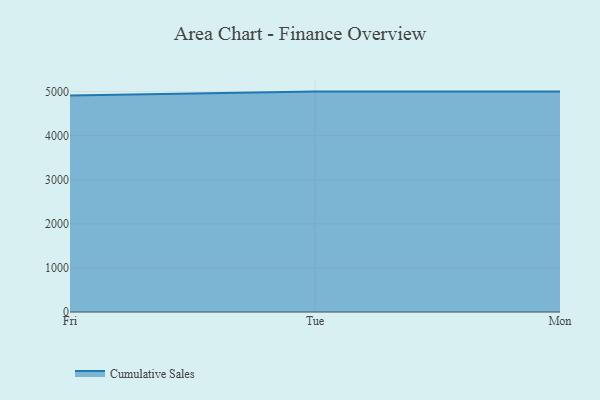
{"axis": {"x": "Day", "y": "Tickets Resolved"}, "legend": ["Cumulative Sales"], "data": [{"x": "Fri", "y": 4911.2, "type": "Cumulative Sales"}, {"x": "Tue", "y": 5000, "type": "Cumulative Sales"}, {"x": "Mon", "y": 5000, "type": "Cumulative Sales"}]}